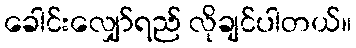
ခေါင်းလျှော်ရည် လိုချင်ပါတယ်။